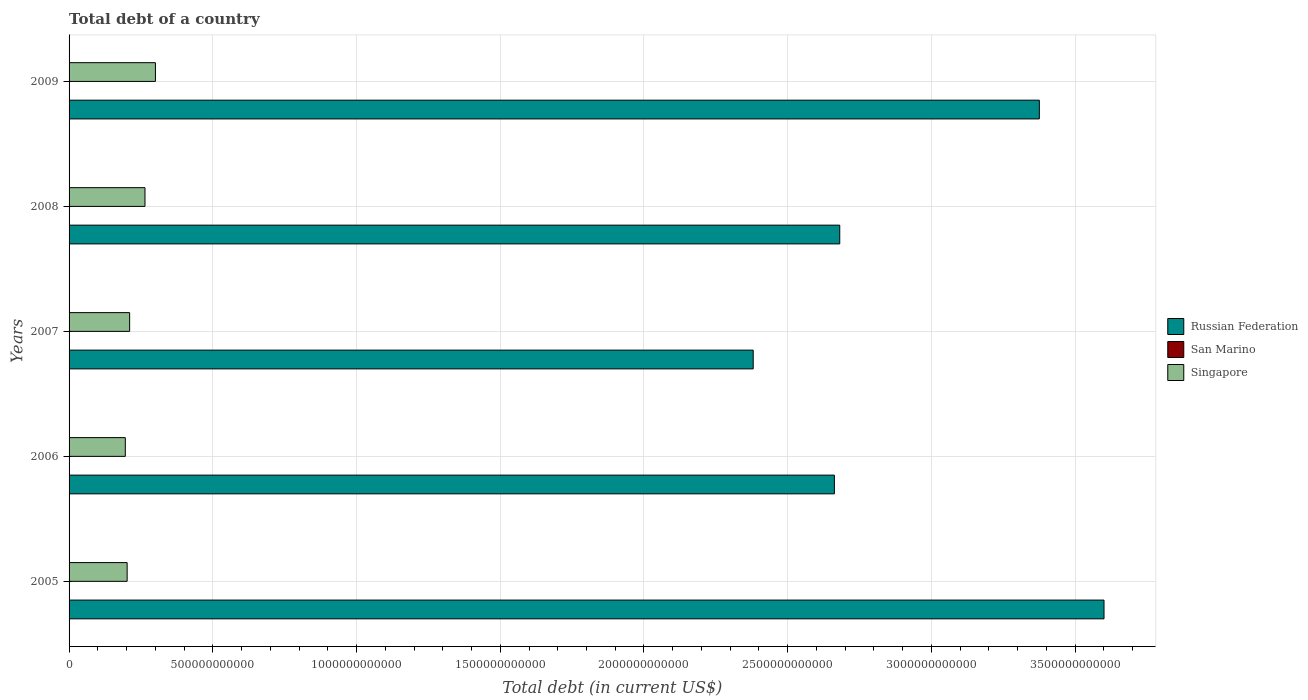
| Years | Russian Federation | San Marino | Singapore |
 | --- | --- | --- | --- |
 | 2005 | 3.6e+12 | 5.65e+08 | 2.02e+11 |
 | 2006 | 2.66e+12 | 7.27e+08 | 1.96e+11 |
 | 2007 | 2.38e+12 | 7.58e+08 | 2.11e+11 |
 | 2008 | 2.68e+12 | 7.66e+08 | 2.64e+11 |
 | 2009 | 3.38e+12 | 6.9e+08 | 3e+11 |